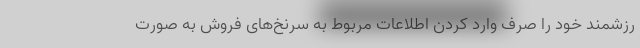
رزشمند خود را صرف وارد کردن اطلاعات مربوط به سرنخ‌های فروش به صورت